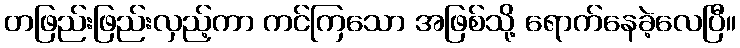
တဖြည်းဖြည်းလှည့်ကာ ကင်ကြသော အဖြစ်သို့ ရောက်နေခဲ့လေပြီ။